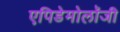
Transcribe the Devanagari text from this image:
एपिडेमोलॉजी